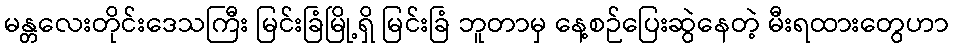
မန္တလေးတိုင်းဒေသကြီး မြင်းခြံမြို့ရှိ မြင်းခြံ ဘူတာမှ နေ့စဉ်ပြေးဆွဲနေတဲ့ မီးရထားတွေဟာ